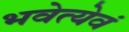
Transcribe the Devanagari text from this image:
भवेत्येवं